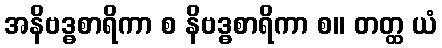
အနိဗဒ္ဓစာရိကာ စ နိဗဒ္ဓစာရိကာ စ။ တတ္ထ ယံ